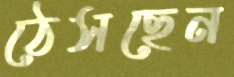
ঠেসছেন